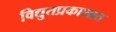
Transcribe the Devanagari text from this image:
विद्युतप्रकाशात